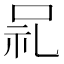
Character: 𫩵